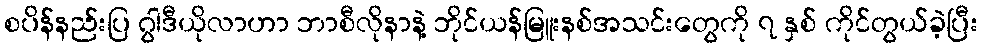
စပိန်နည်းပြ ဂွါဒီယိုလာဟာ ဘာစီလိုနာနဲ့ ဘိုင်ယန်မြူးနစ်အသင်းတွေကို ၇ နှစ် ကိုင်တွယ်ခဲ့ပြီး